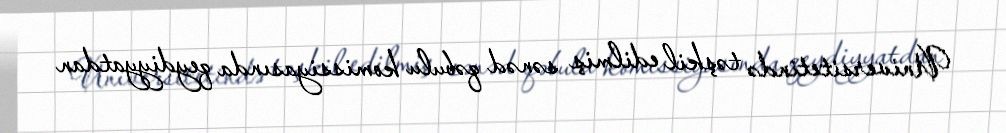
Universitetində təşkil edilmiş sənəd qəbulu komissiyasında qeydiyyatdan